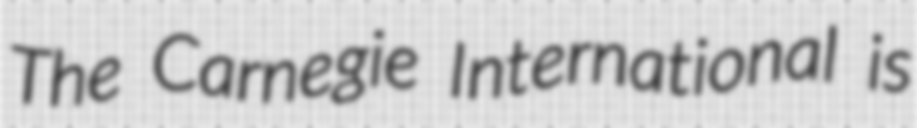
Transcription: The Carnegie International is